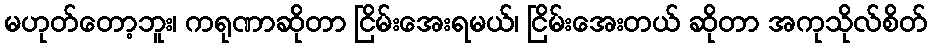
မဟုတ်တော့ဘူး၊ ကရုဏာဆိုတာ ငြိမ်းအေးရမယ်၊ ငြိမ်းအေးတယ် ဆိုတာ အကုသိုလ်စိတ်